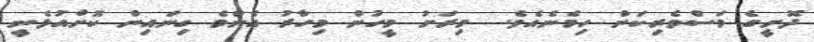
ދޮށީގެ މަސްވެރިކަން ހިމެނެއެވެ.  މިރަށު މީހުން މިހާރު އެންމެ ގިނައިން ކޮށްއުޅެނީ